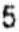
5